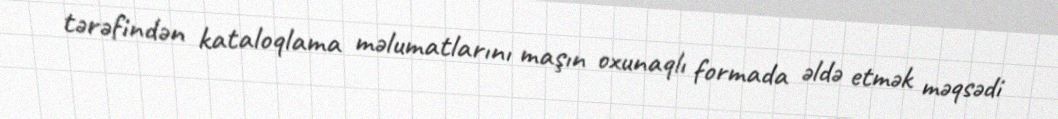
tərəfindən kataloqlama məlumatlarını maşın oxunaqlı formada əldə etmək məqsədi